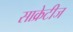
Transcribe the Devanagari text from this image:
साक्रेटीज